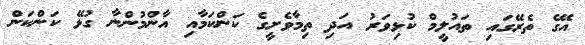
އޭގެ ތެރޭގައި ތައުލީމް ކުޅިވަރު އަދި ތިމާވެށީގެ ކަންކަމާއި އާންމުންނާ ގުޅޭ ކަންކަން